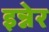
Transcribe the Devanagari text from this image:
इन्नेर